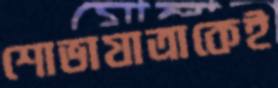
শোভাযাত্রাকেই